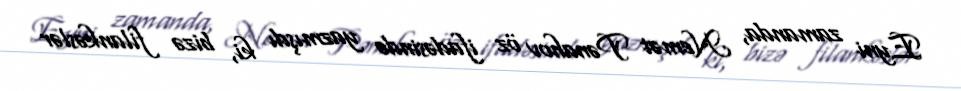
Eyni zamanda, Nemət Pənahov öz ifadəsində yazmışdı ki, bizə filankəslər